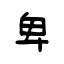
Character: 卑